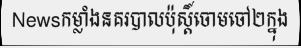
Newsកម្លាំងនគរបាលប៉ុស្តិ៍ចោមចៅ២ក្នុង